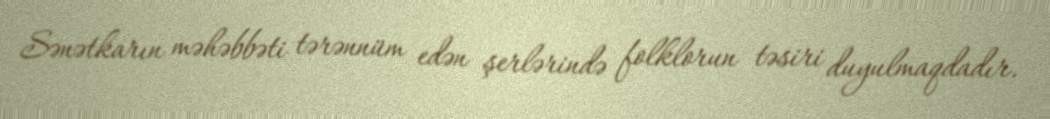
Sənətkarın məhəbbəti tərənnüm edən şerlərində folklorun təsiri duyulmaqdadır.